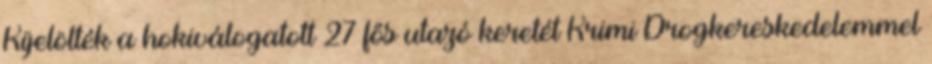
Kijelölték a hokiválogatott 27 fős utazó keretét Krimi Drogkereskedelemmel